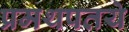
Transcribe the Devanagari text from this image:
प्रमथपतये